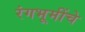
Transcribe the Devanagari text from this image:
रंगभूमींचे